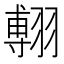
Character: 𦑵